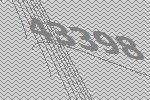
43398